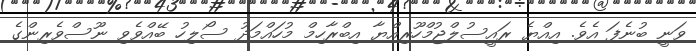
ވަނީ ބުނެފަ އެވެ. އިއްޔެ ރައީސުލްޖުމްހޫރިއްޔާ އިބްރާހިމް މުހައްމަދު ސޯލިހު ބޭއްވެވި ނޫސްވެރިންގެ